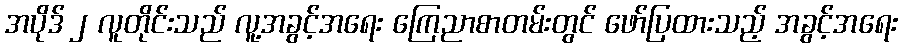
အပိုဒ် ၂ လူတိုင်းသည် လူ့အခွင့်အရေး ကြေညာစာတမ်းတွင် ဖော်ပြထားသည့် အခွင့်အရေး